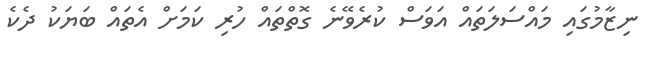
ނިޒާމުގައި މައްސަލަތައް އަވަސް ކުރެވޭނެ ގޮތްތައް ހުރި ކަމަށް އެތައް ބަޔަކު ދެކެ